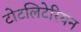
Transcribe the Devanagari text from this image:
टोटलिटेरियन